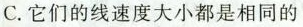
C.它们的线速度大小都是相同的